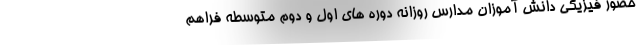
حضور فیزیکی دانش آموزان مدارس روزانه دوره های اول و دوم متوسطه فراهم